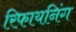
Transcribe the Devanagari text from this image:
रिफायनिंग